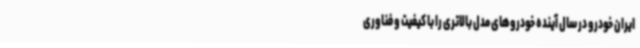
ایران خودرو در سال آینده خودروهای مدل بالاتری را با کیفیت و فناوری